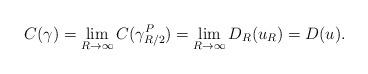
LaTeX: \begin{align*} C(\gamma) = \lim_{R \to \infty}C(\gamma_{R/2}^P) = \lim_{R \to \infty}D_R(u_R) = D(u).\end{align*}